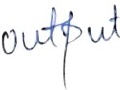
Text: output